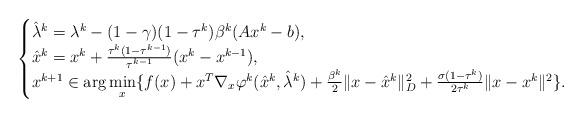
LaTeX: \begin{align*}\begin{cases}\hat{\lambda}^k=\lambda^k-(1-\gamma)(1-\tau^k)\beta^k(A{x}^{k}-b),\\\hat{x}^k=x^k+\frac{\tau^k(1-\tau^{k-1})}{\tau^{k-1}}(x^k-x^{k-1}),\\x^{k+1}\in\arg\min\limits_x \{f(x)+x^T\nabla_x\varphi^k(\hat{x}^k,\hat{\lambda}^k)+\frac{\beta^k}{2}\|x-\hat{x}^k\|_D^2+\frac{\sigma(1-\tau^k)}{2\tau^k}\|x-x^k\|^2\}.\end{cases}\end{align*}